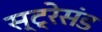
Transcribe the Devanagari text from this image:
स्ट्रेसंड